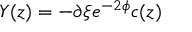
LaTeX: Y ( z ) = - \partial \xi e ^ { - 2 \phi } c ( z )